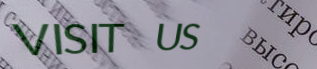
VISIT US